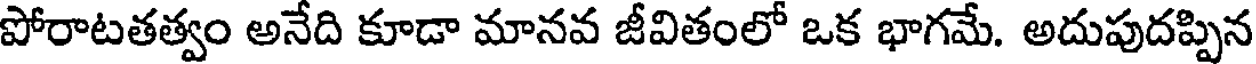
పోరాటతత్వం అనేది కూడా మానవ జీవితంలో ఒక భాగమే. అదుపుదప్పిన